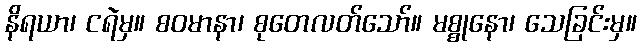
နိရယာ၊ ငရဲမှ။ စဝမာနာ၊ စုတေလတ်သော်။ မစ္စုနော၊ သေခြင်းမှ။